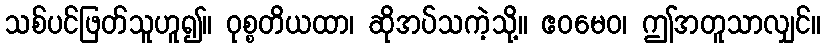
သစ်ပင်ဖြတ်သူဟူ၍။ ဝုစ္စတိယထာ၊ ဆိုအပ်သကဲ့သို့။ ဧဝမေဝ၊ ဤအတူသာလျှင်။